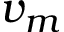
v _ { m }